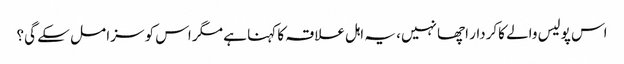
اس پولیس والے کاکردار اچھا نہیں، یہ اہل علاقہ کا کہنا ہے مگر اس کو سزا مل سکے گی؟